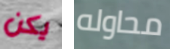
يكن محاوله